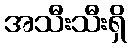
အသီးသီးရှိ